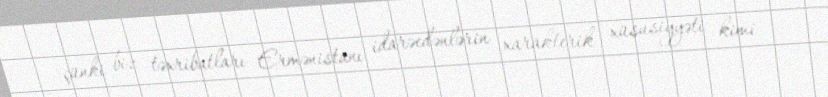
çünki biz təxribatları Ermənistanı idarəedənlərin xarakterik xüsusiyyəti kimi